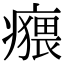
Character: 𤺸